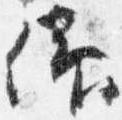
仰